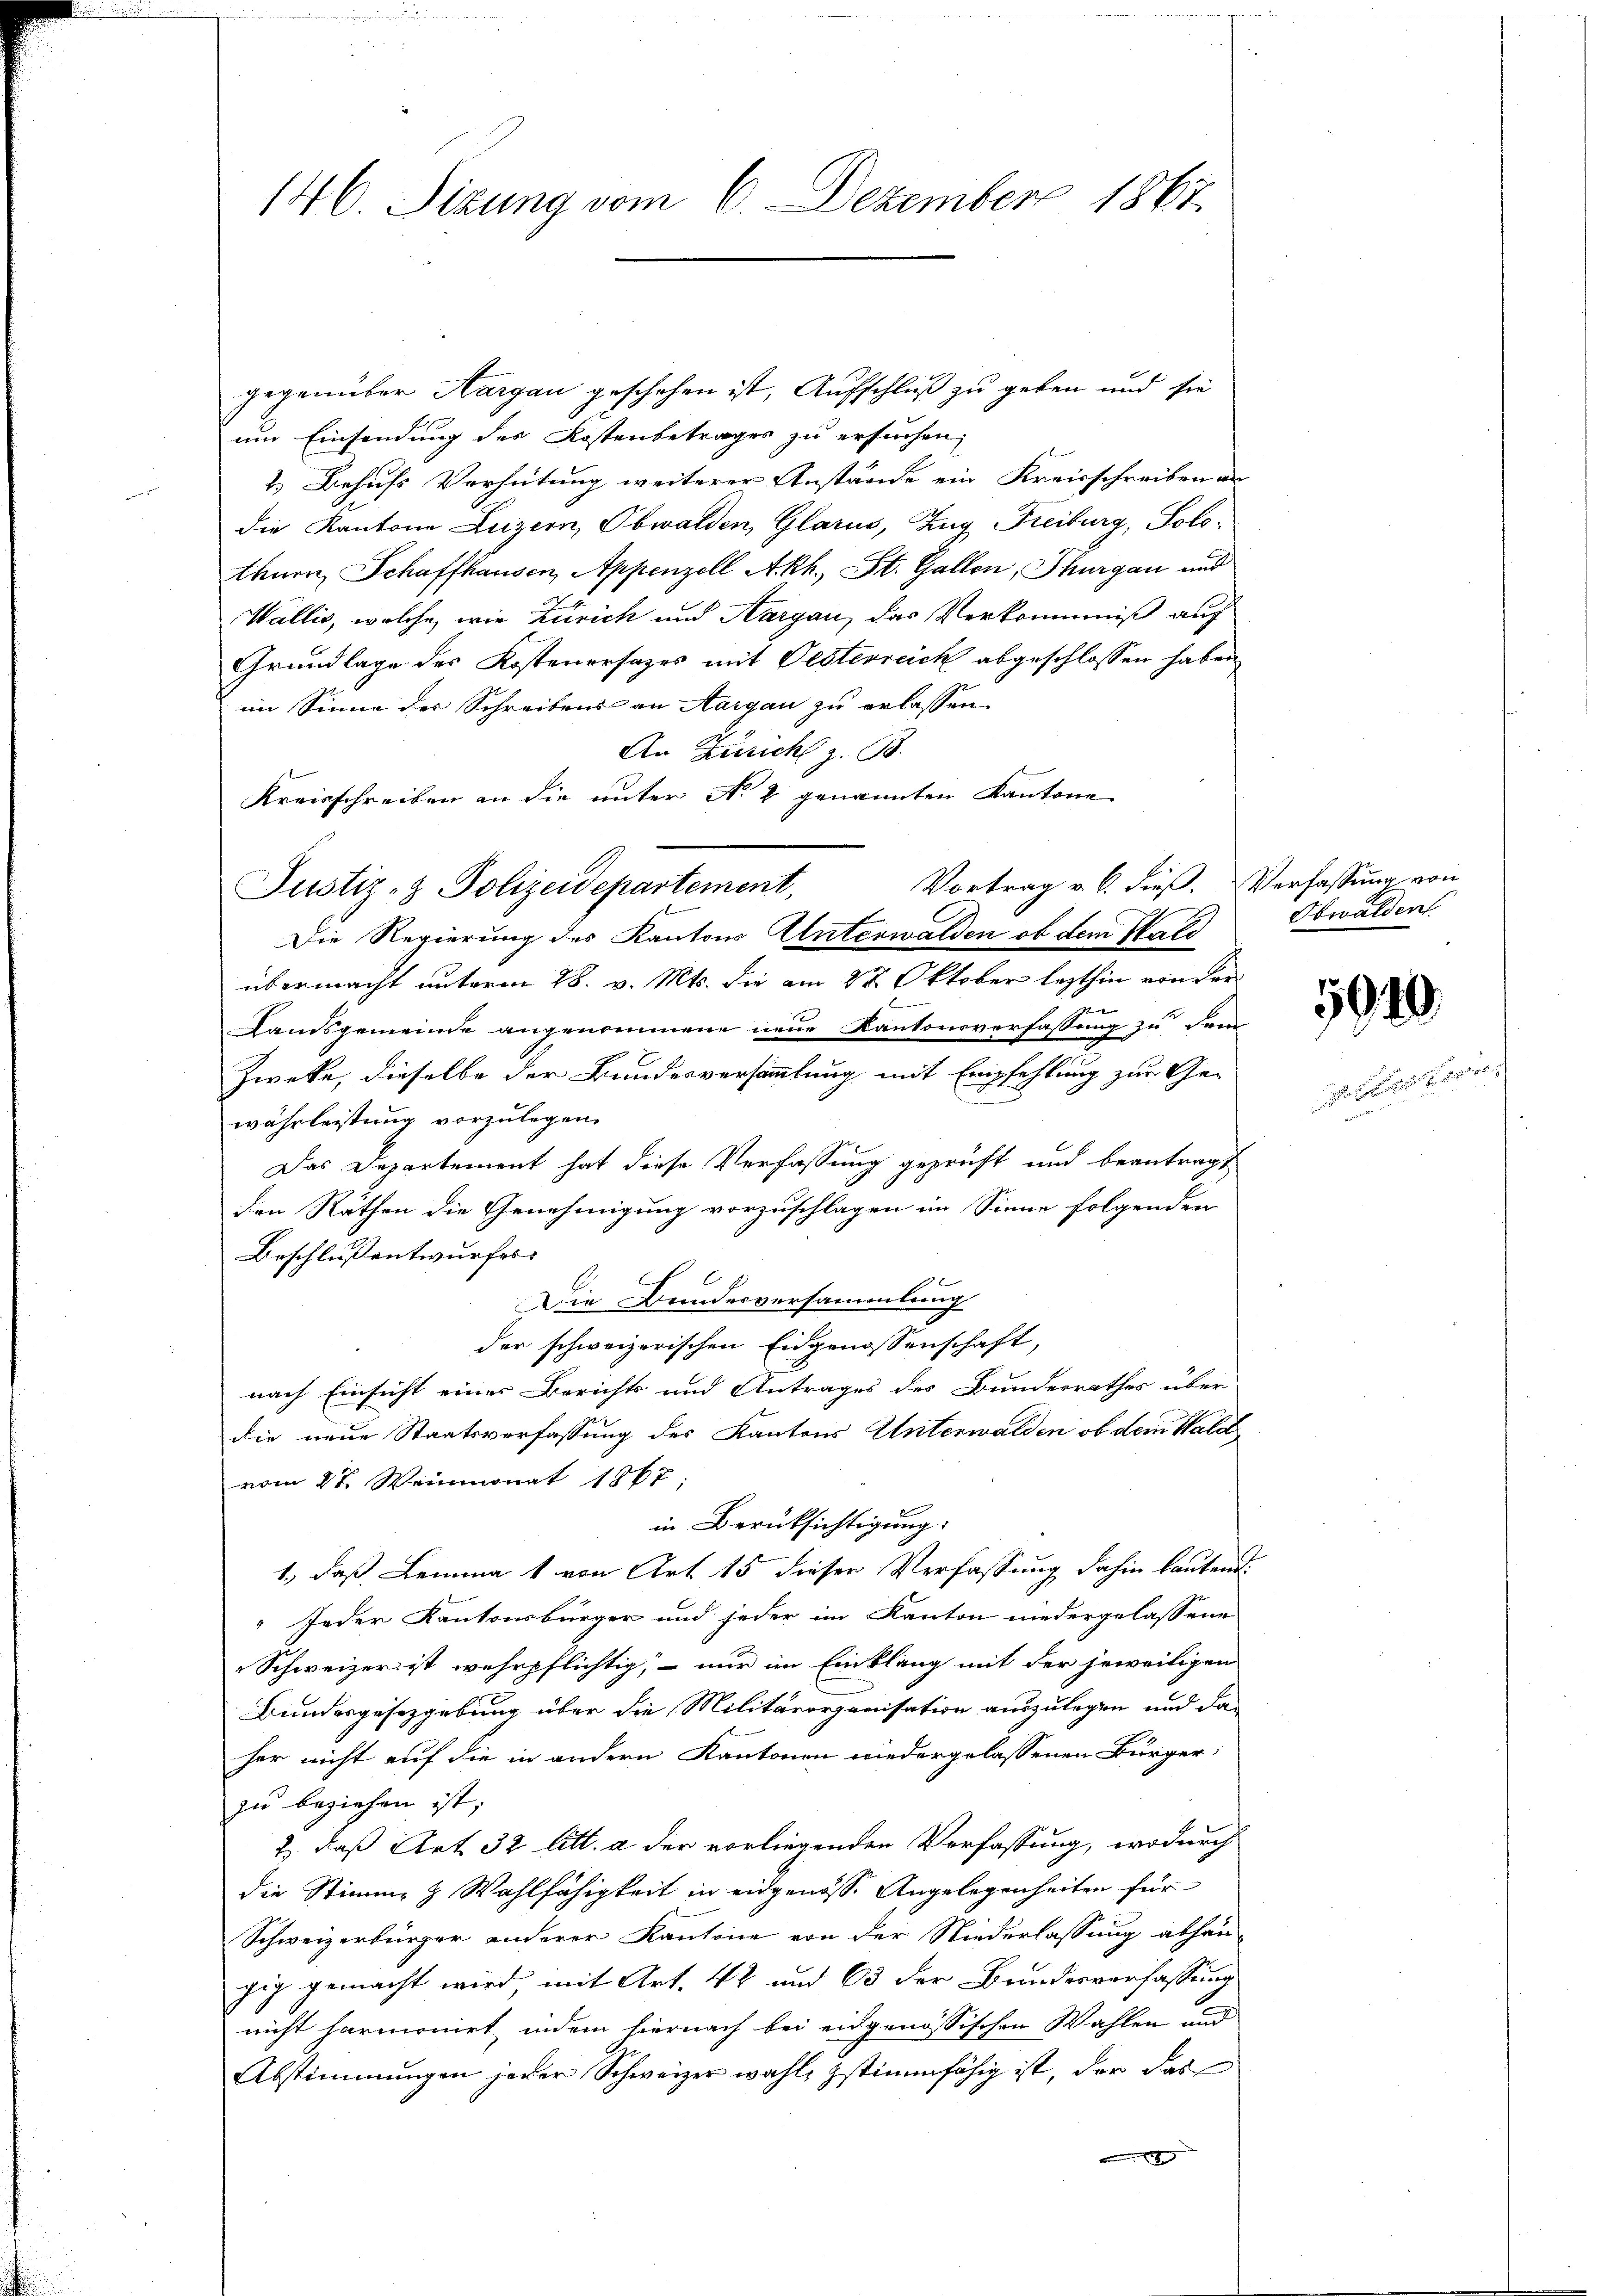
146. Sizung vom 6. Dezember 1867.

gegenüber Nargau geschehen ist, Aufschluß zu geben und sie
um Einsendung des Kostenbetrages zu ersuchen,
2. Behufs Verhütung weiterer Anstände ein Kreisschreiben an
die Kantone Luzern, Obwalden, Glarus, Zug Freiburg, Solothurn, Schaffhausen, Appenzell Akh., St. Gallen, Thurgau und
Wallis, welche, wie Zürich und Aargau, das Verkommniß auf
Grundlage des Kostenersazes mit Oesterreich abgeschlossen haben
im Sinne des Schreibens an Aargau zu erlassen,
An Züricht z. B.
Kreisschreiben an die unter No 2 genannten Kantone
Vortrag v. 6. dieß. Verfassung von
übermacht unterm 28. v. Mts. die am 27. Oktober lezthin von den
Landsgemeinde angenommene neue Kantonsverfassung zu dem
Zweke, dieselbe der Bundesversammlung mit Empfehlung zur Gewährleistung vorzulegen.
Das Departement hat diese Verfassung geprüft und beantragt
den Räthen die Genehmigung vorzuschlagen im Sinne folgenden
Beschlussentwurfes:
9
Die Bundesversammlung
der schweizerischen Eidgenossenschaft,
nach Einsicht eines Berichts und Antrages des Bundesrathes über
die neue Staatsverfassung des Kantons Unterwalden ob dem Wald
vom 27. Weinmonat 1867;
in Berücksichtigung:
1., daß Lemma 1 von Art. 15 dieser Verfassung dahin lautend
" Jeder Kantonsbürger und jeder im Kanton niedergelassene
Schweizer ist wehrpflichtig, – nur im Einklang mit der jeweiligen
Bundesgesetzgebung über die Militärorganisation auszulegen und das
her nicht auf die in andern Kantonen wiedergelassenen Bürger
zu beziehen ist,
2., daß Art. 32 litt. a der vorliegenden Verfassung, wodurch
die Stimme & Wahlfähigkeit in eidgenosse Angelegenheiten für
Schweizerbürger anderer Kantone von der Niederlassung abhän-
gig gemacht wird mit Art. 42 und 63 der Bundesverfassung
nicht harmonirt, indem hiernach bei eidgenössischen Wahlen und
Abstimmungen jeder Schweizer wahl, stimmfähig ist, der das

Justiz- & Polizeidepartement,
Die Regierung des Kantons Unterwalden ob dem Hald

Obwaldent.

1040.

Geistes Herr